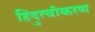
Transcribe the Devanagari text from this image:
हिंदुत्वीकरण